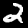
Label: 2